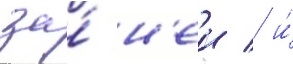
за́ н'еи / и́